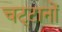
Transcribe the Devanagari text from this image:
चट्‌टानों